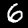
Digit: 6